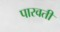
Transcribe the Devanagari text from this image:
पारवती